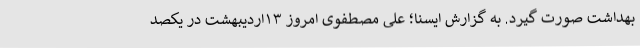
بهداشت صورت گیرد. به گزارش ایسنا؛ علی مصطفوی امروز ۱۳اردیبهشت در یکصد